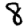
Digit: 8